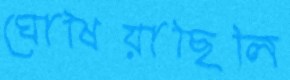
ঘোষিয়াছিলি